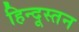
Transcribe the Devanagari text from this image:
हिन्दूस्तन